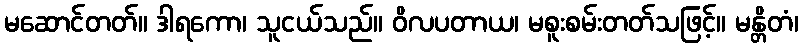
မဆောင်တတ်။ ဒါရကော၊ သူငယ်သည်။ ဝိလပတာယ၊ မစူးစမ်းတတ်သဖြင့်။ မန္တိတံ၊